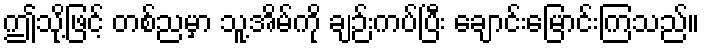
ဤသု့ိဖြင့် တစ်ညမှာ သူ့အိမ်ကို ချဉ်းကပ်ပြီး ချောင်းမြောင်းကြသည်။